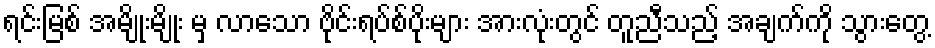
ရင်းမြစ် အမျိုးမျိုး မှ လာသော ဗိုင်းရပ်စ်ပိုးများ အားလုံးတွင် တူညီသည့် အချက်ကို သွားတွေ့